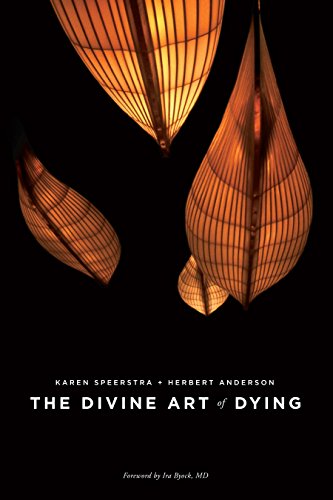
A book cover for The Divine Art of Dying: How to Live Well While Dying; Karen Speerstra; Self-Help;